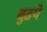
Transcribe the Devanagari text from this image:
बुढ़पे